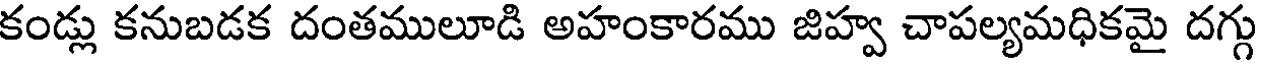
కండ్లు కనుబడక దంతములూడి అహంకారము జిహ్వ చాపల్యమధికమై దగ్గు